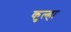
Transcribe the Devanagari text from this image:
कुल्हा